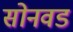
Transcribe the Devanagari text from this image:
सोनवड